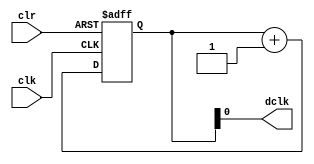
`timescale 1ns / 1ps

module clockdiv(
	input wire clk,		//master clock: 50MHz
	input wire clr,		//asynchronous reset
	output wire dclk		//pixel clock: 25MHz

	);

// 17-bit counter variable
reg [16:0] q;


always @(posedge clk or posedge clr)
begin
	// reset condition
	if (clr == 1)
		q <= 0;
	// increment counter by one
	else
		q <= q + 17'b1;
end

//salida del clk 
assign dclk = q[0];

endmodule